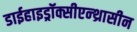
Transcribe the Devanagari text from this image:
डाईहाइड्रॉक्सीएन्थ्रासीन